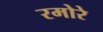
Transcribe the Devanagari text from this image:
रमोरे